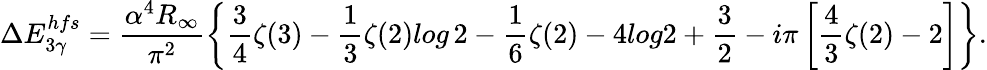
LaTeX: \Delta E_{3\gamma}^{hfs}=\frac{\alpha^{4}R_{\infty}}{\pi^{2}}\left\{ \frac{3}{4}\zeta(3)-\frac{1}{3}\zeta(2)log\, 2-\frac{1}{6}\zeta(2)-4log2+\frac{3}{2}-i\pi\left[\frac{4}{3}\zeta(2)-2\right]\right\} .